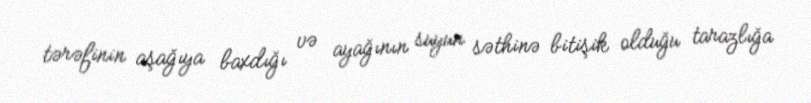
tərəfinin aşağıya baxdığı və ayağının suyun səthinə bitişik olduğu tarazlığa